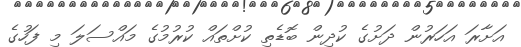
އަށާރަ އަހަރުން ދަށުގެ ކުދިން ބޮޑެތި ކުށްތައް ކުރުމުގެ މައްސަލަ މި ފަހުގެ